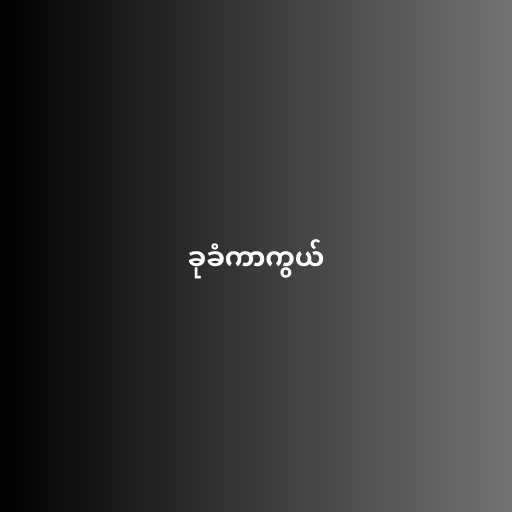
ခုခံကာကွယ်